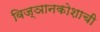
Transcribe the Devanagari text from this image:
विज्ञानकोशाची